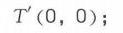
\(T(0,0);\)